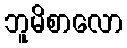
ဘူမိစာလော